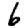
Digit: 6